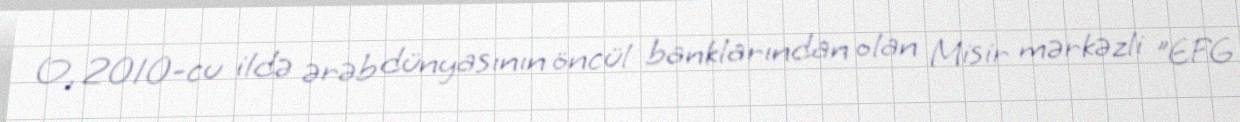
O, 2010-cu ildə ərəb dünyasının öncül banklarından olan Misir mərkəzli "EFG